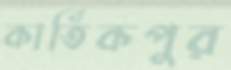
কার্তিকপুর